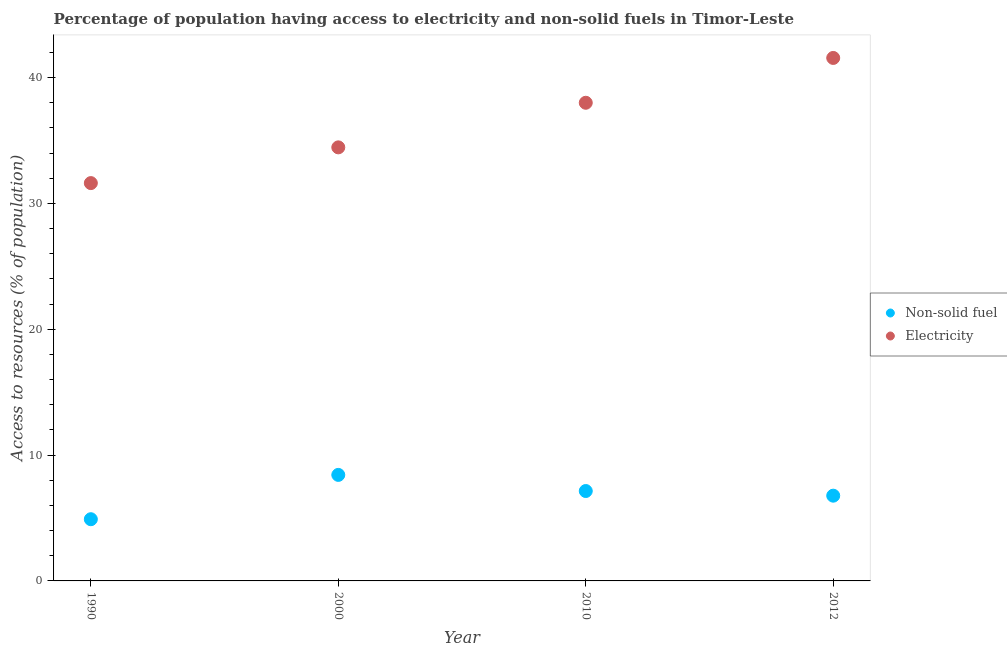
| Year | Non-solid fuel | Electricity |
 | --- | --- | --- |
 | 1990 | 4.9 | 31.6 |
 | 2000 | 8.43 | 34.5 |
 | 2010 | 7.14 | 38 |
 | 2012 | 6.77 | 41.6 |